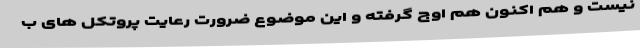
نیست و هم اکنون هم اوج گرفته و این موضوع ضرورت رعایت پروتکل های ب